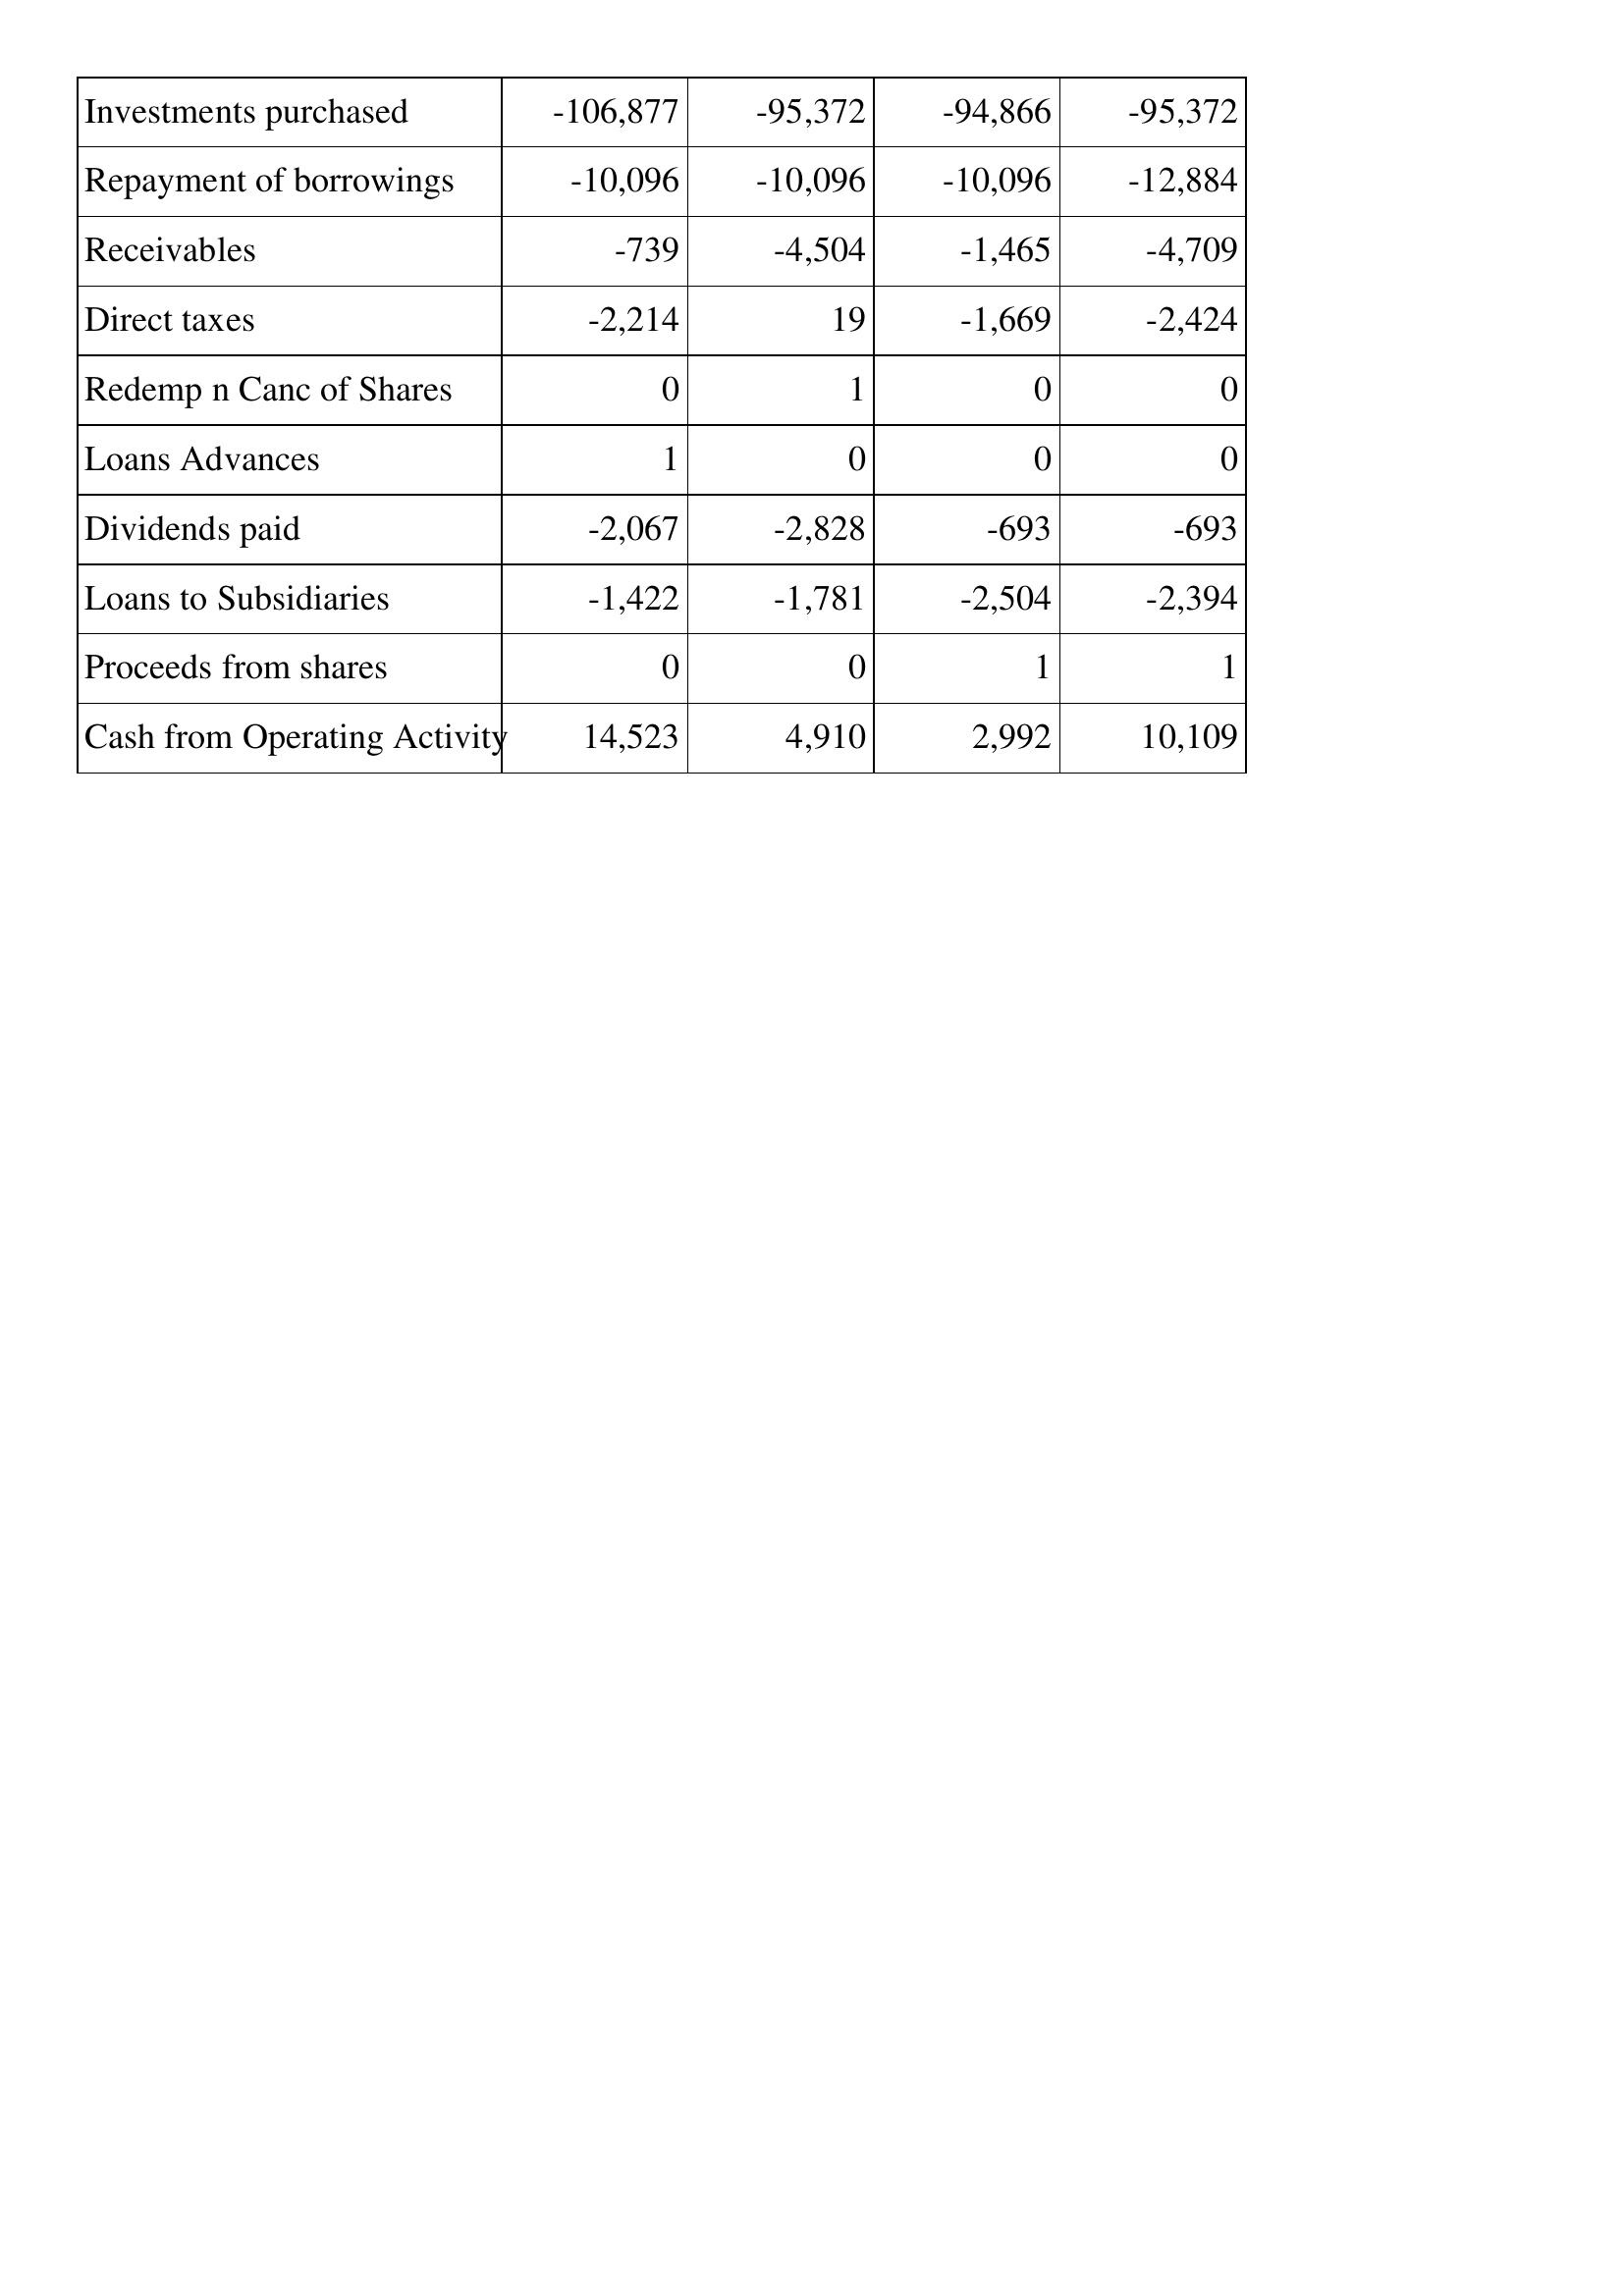
Mar-20: Cash Flows: Investments purchased: -106,877
Repayment of borrowings: -10,096
Receivables: -739
Direct taxes: -2,214
Redemp n Canc of Shares: 0
Loans Advances: 1
Dividends paid: -2,067
Loans to Subsidiaries: -1,422
Proceeds from shares: 0
Cash from Operating Activity: 14,523
Mar-19: Cash Flows: Investments purchased: -95,372
Repayment of borrowings: -10,096
Receivables: -4,504
Direct taxes: 19
Redemp n Canc of Shares: 1
Loans Advances: 0
Dividends paid: -2,828
Loans to Subsidiaries: -1,781
Proceeds from shares: 0
Cash from Operating Activity: 4,910
Mar-18: Cash Flows: Investments purchased: -94,866
Repayment of borrowings: -10,096
Receivables: -1,465
Direct taxes: -1,669
Redemp n Canc of Shares: 0
Loans Advances: 0
Dividends paid: -693
Loans to Subsidiaries: -2,504
Proceeds from shares: 1
Cash from Operating Activity: 2,992
Mar-17: Cash Flows: Investments purchased: -95,372
Repayment of borrowings: -12,884
Receivables: -4,709
Direct taxes: -2,424
Redemp n Canc of Shares: 0
Loans Advances: 0
Dividends paid: -693
Loans to Subsidiaries: -2,394
Proceeds from shares: 1
Cash from Operating Activity: 10,109